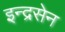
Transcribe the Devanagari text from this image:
इन्द्रसेन